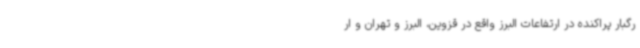
رگبار پراکنده در ارتفاعات البرز واقع در قزوین، البرز و تهران و ار